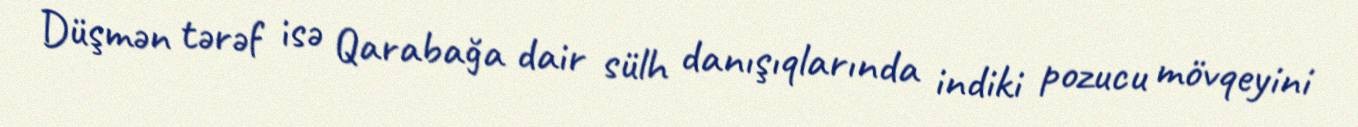
Düşmən tərəf isə Qarabağa dair sülh danışıqlarında indiki pozucu mövqeyini